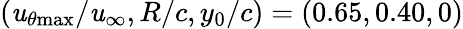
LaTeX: (\mathit{u}_{\theta\mathrm{{{max}}}}/\mathit{u}_{\infty},R/c,y_{0}/c)=(0.65,0.40,0)